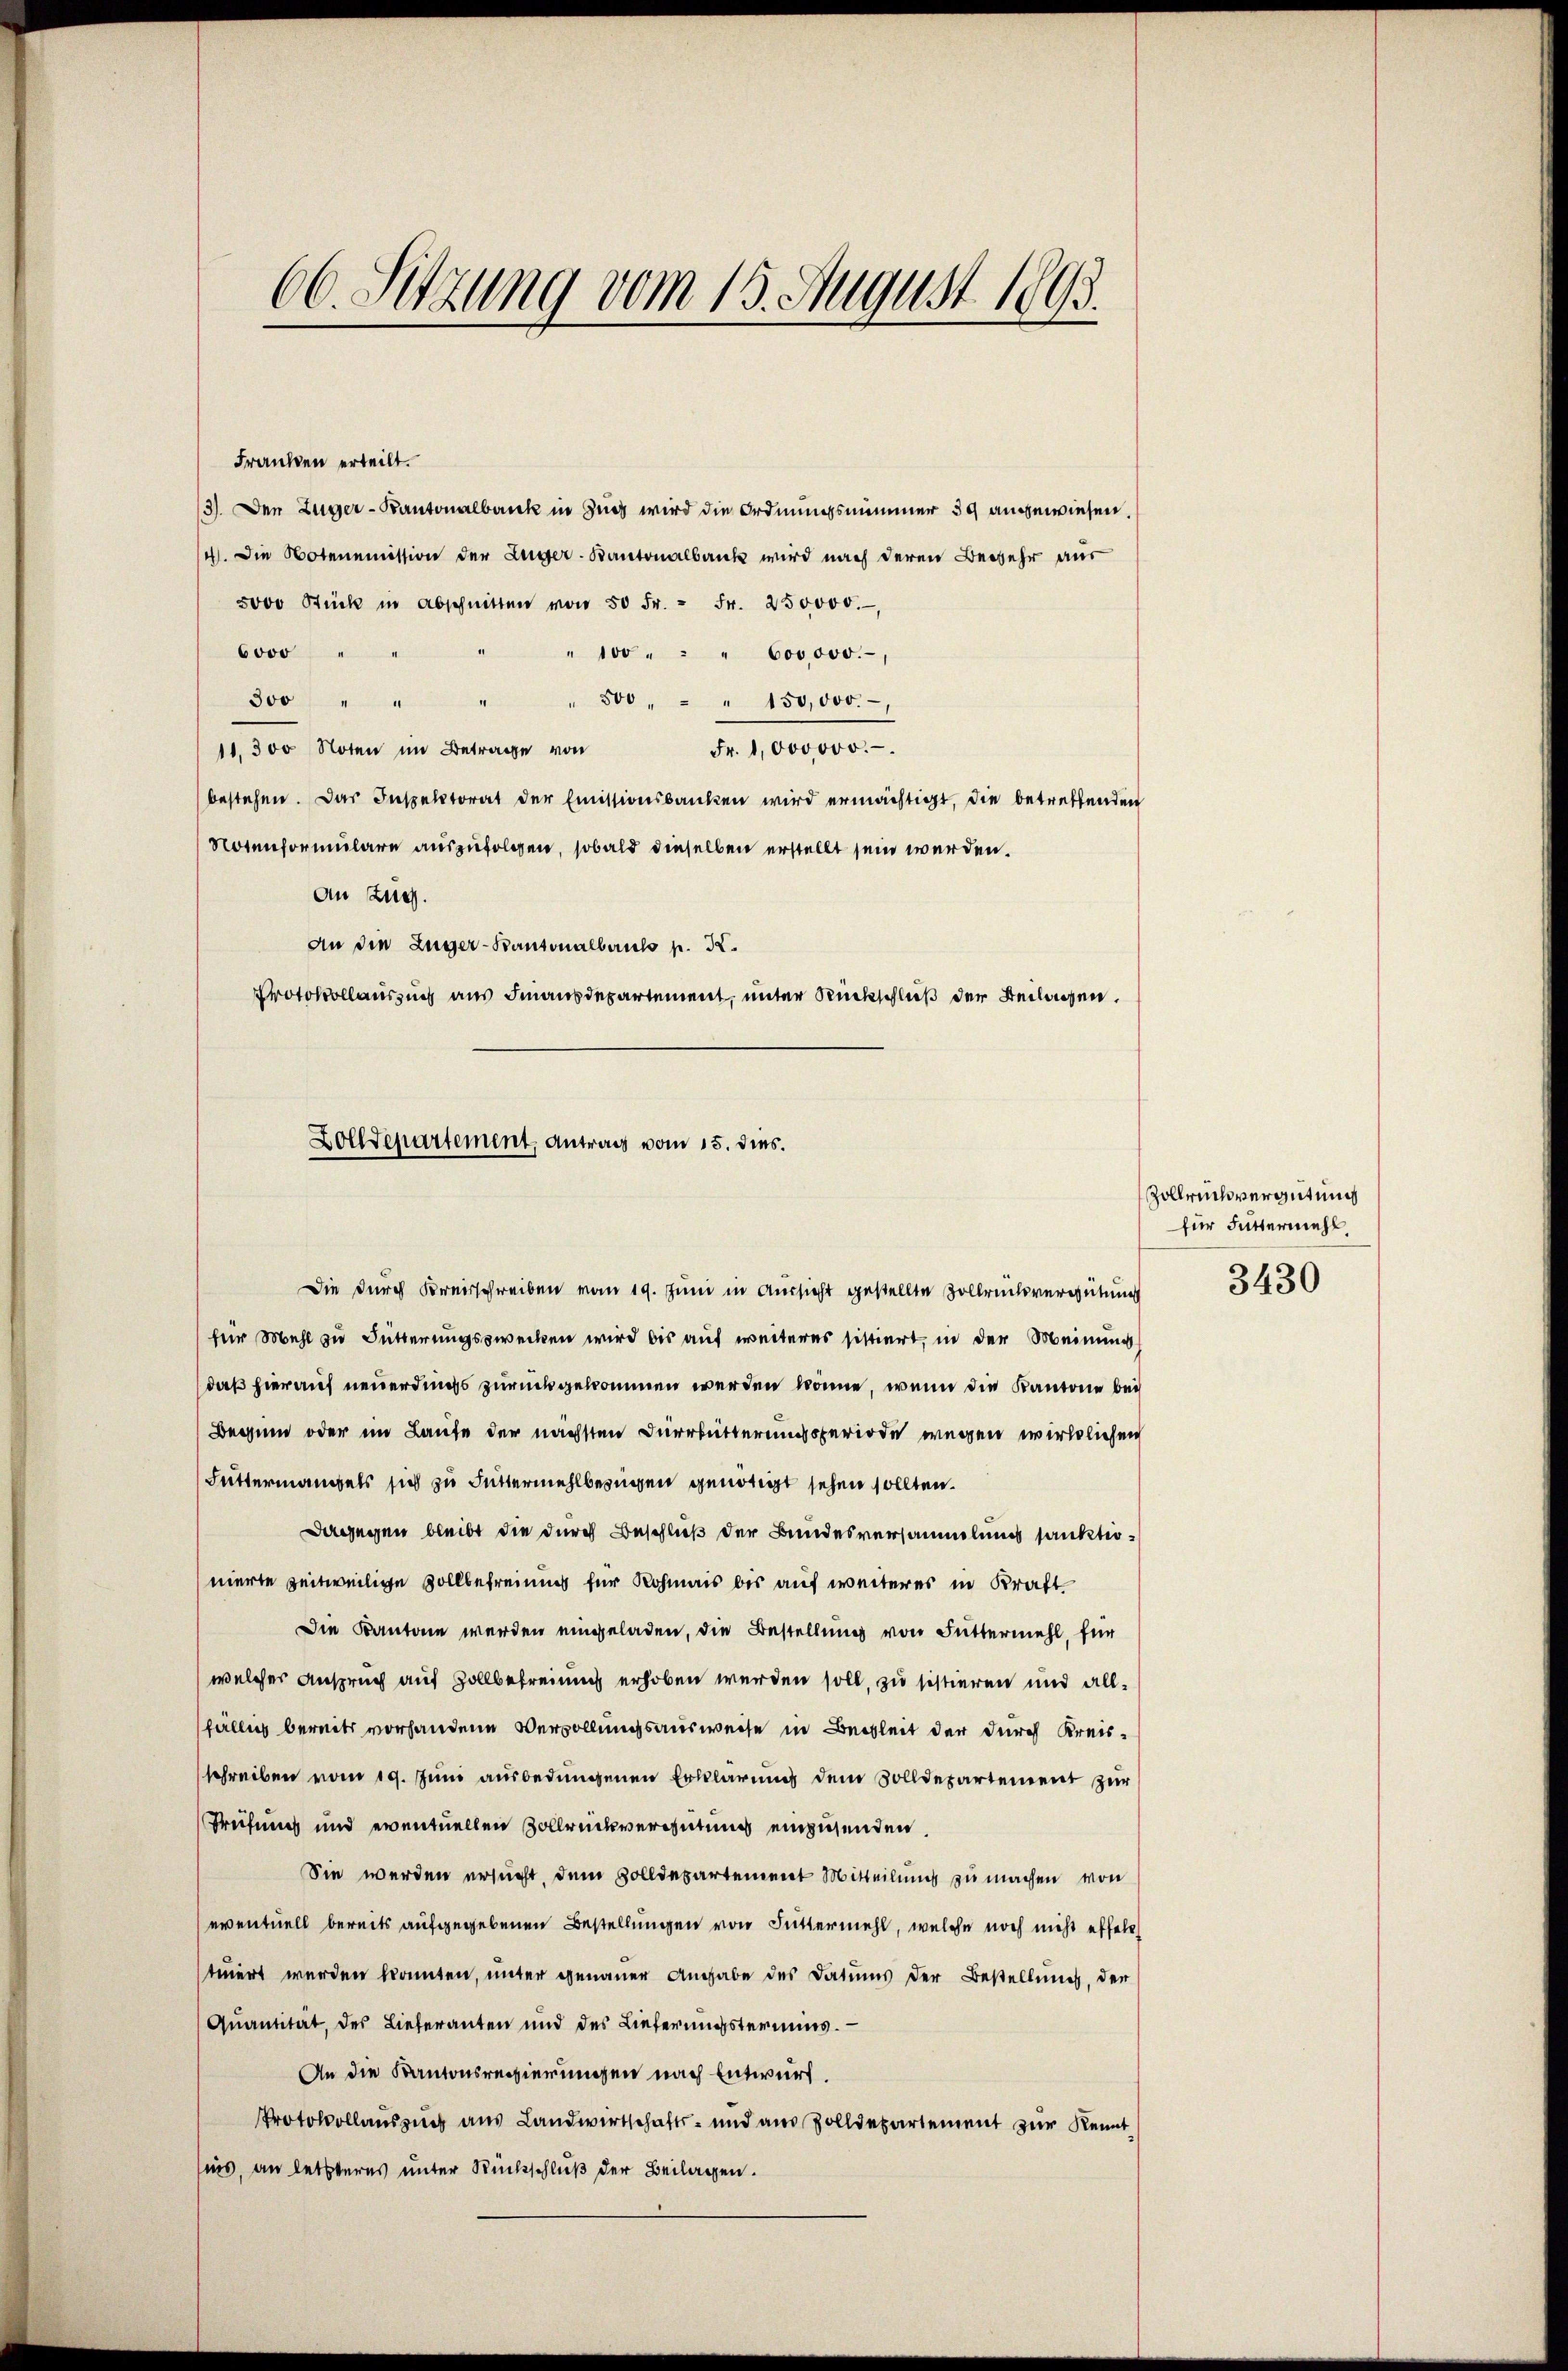
66. Sitzung vom 15. August 1893.

Franken erteilt.
13). Den Zuger-Kantonalbank in Zug wird die Ordnungsnimmer 39 angewiesen.
4. Die Notenemission der Lüger-Kantonalbank wird nach deren Begehr aus
5000 Stück in Abschnitten von 50 Fr. - Fr. 250000.
6000
" 100 " " " 600000.-,
500, " " 150,000.
300 " " "
Fr. 1000000.
11,300 Noten im Betrage von
bestehen. Das Inspektorat der Emissionsbanken wird ermächtigt, die betreffenden
Notenformulare auszufolgen, sobald dieselben erstellt sein werden.
An Zug.
An die Züger-Kantonalbauch p. 22.
Protokollauszug aus Finausdepartement, unter Rückschluß der Beilagen.

Zolldepartement, Antrag vom 15. dies.

Die durch Kreisschreiben vom 19. Juni in Aussicht gestellte Vollrückvergütung
für Mehl zu Fütterungszwecken wird bis auf weiteres sistiert, in der Meinung
daß hierauf neuerdings zurückgekommen werden könne, wenn die Kantone bei
Beginn oder im Laufe der nächsten Dürrbütterungsperiode wegen wirklichen
Futtermangels sich zu Futtermehlbezügen genötigt sehen sollten.
Dagegen bleibt die durch Beschluß der Bundesversammlung sanktionierte zeitweilige Vollbefreiung für Rohmais bis auf weiterer in Kraft¬
Die Kantone werden eingeladen, die Bestellung von Futtermehl, für
welcher Anspruch auf Zollbefreiung erhoben werden soll, zu sistieren und allfällig bereits vorhandene Vervollungsausweise in Begleit der durch Kreisschreiben vom 19. Juni ausbedungenen Erklärung dem Solldepartement zur
Prüfung und eventuellen Vollrückvergütung einzusenden.
Sie werden ersucht, dem Zolldepartement Mitteilung zu machen von
eventuell bereits aufgegebenen Bestellungen von Futtermehl, welche noch nicht effels
tuiert werden konnten, unter genauer Angabe des Datums der Bestellung, der
Qŭantität, der Lieferanten und des Lieferŭngstermins.
An die Kantonsregierungen nach Entwurf.
Protokollauszug aus Landwirtschafts- und aus Zolldepartement zur Kennt
ins, an letzteres unter Rückschluß der Beilagen.

Zollrich vergütung
für Futtermehl,
3430